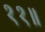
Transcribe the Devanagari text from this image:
११॥